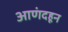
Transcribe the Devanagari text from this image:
आणंदहून